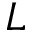
L